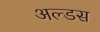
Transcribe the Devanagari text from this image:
अल्डस